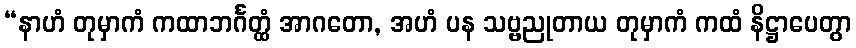
“နာဟံ တုမှာကံ ကထာဘင်္ဂတ္ထံ အာဂတော, အဟံ ပန သဗ္ဗညုတာယ တုမှာကံ ကထံ နိဋ္ဌာပေတွာ